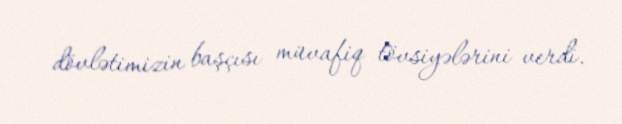
dövlətimizin başçısı müvafiq tövsiyələrini verdi.